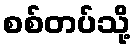
စစ်တပ်သို့